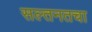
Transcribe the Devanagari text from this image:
सल्तनतचा